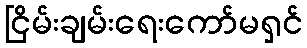
ငြိမ်းချမ်းရေးကော်မရှင်